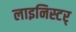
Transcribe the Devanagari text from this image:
लाइनिस्टर्